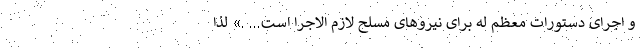
و اجرای دستورات معظم له برای نیروهای مسلح لازم الاجرا است... .» لذا